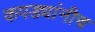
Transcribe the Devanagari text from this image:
कपड्यांनीच